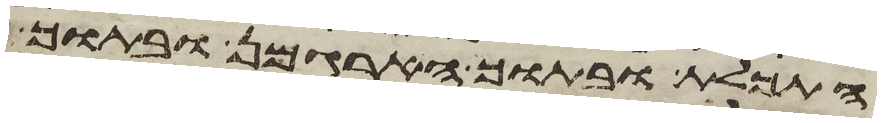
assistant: התכלת ובתוך הארגמן ובתוך